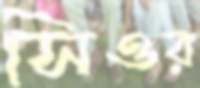
সিওর